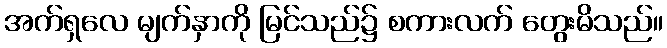
အက်ရှလေ မျက်နှာကို မြင်သည်၌ စကားလက် တွေးမိသည်။